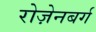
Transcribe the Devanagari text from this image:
रोज़ेनबर्ग